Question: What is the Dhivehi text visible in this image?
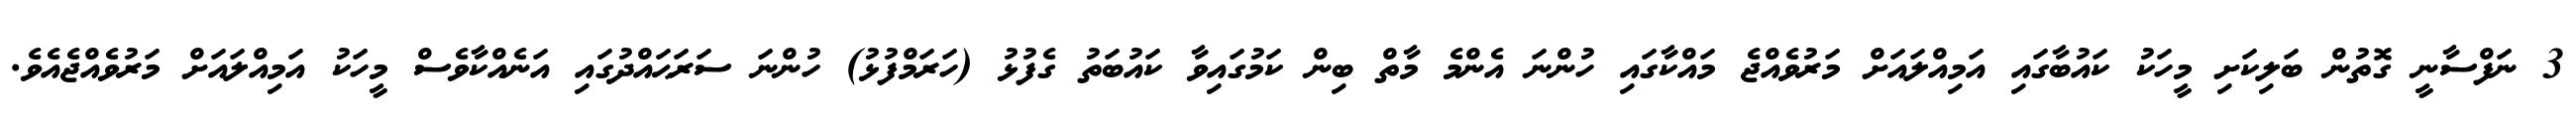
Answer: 3 ނަފްސާނީ ގޮތުން ބަލިކަށި މީހަކު ކައުބާގައި އަމިއްލައަށް މަރުވެއްޖެ މައްކާގައި ހުންނަ އެންމެ މާތް ބިން ކަމުގައިވާ ކައުބަތު ގެފުޅު (ހަރަމްފުޅު) ހުންނަ ސަރަޙައްދުގައި އަނެއްކާވެސް މީހަކު އަމިއްލައަށް މަރުވެއްޖެއެވެ.